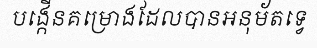
បង្កើនគម្រោងដែលបានអនុម័តទ្វេ